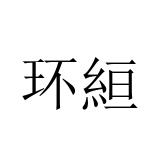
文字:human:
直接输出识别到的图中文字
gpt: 环絙